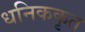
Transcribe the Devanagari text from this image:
धनिककृत